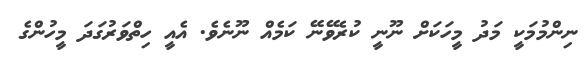
ނިންމުމަކީ މަދު މީހަކަށް ނޫނީ ކުރެވޭނޭ ކަމެއް ނޫނެވެ. އެއީ ހިތްވަރުގަދަ މީހުންގެ